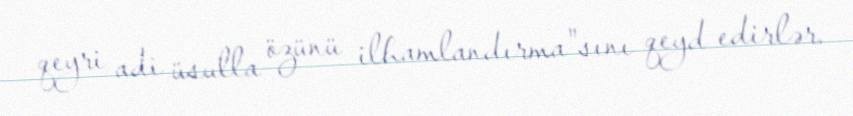
qeyri adi üsulla özünü ilhamlandırma"sını qeyd edirlər.